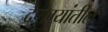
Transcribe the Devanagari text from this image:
देणग्यांतील